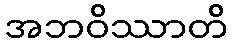
အဘဝိဿာတိ